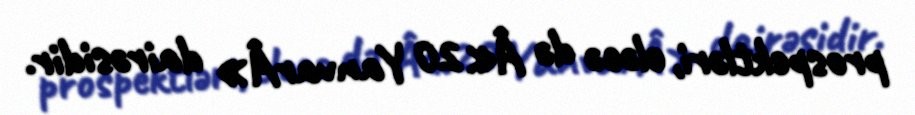
prospektləri, eləcə də Â«20 YanvarÂ» dairəsidir.